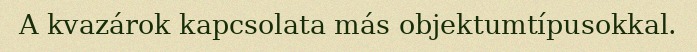
A kvazárok kapcsolata más objektumtípusokkal.